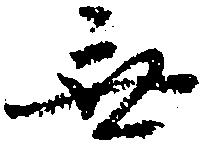
無